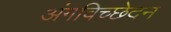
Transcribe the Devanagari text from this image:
अंगविच्छेदन